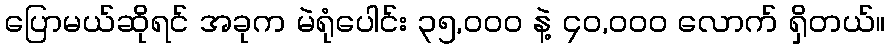
ပြောမယ်ဆိုရင် အခုက မဲရုံပေါင်း ၃၅,၀၀၀ နဲ့ ၄၀,၀၀၀ လောက် ရှိတယ်။